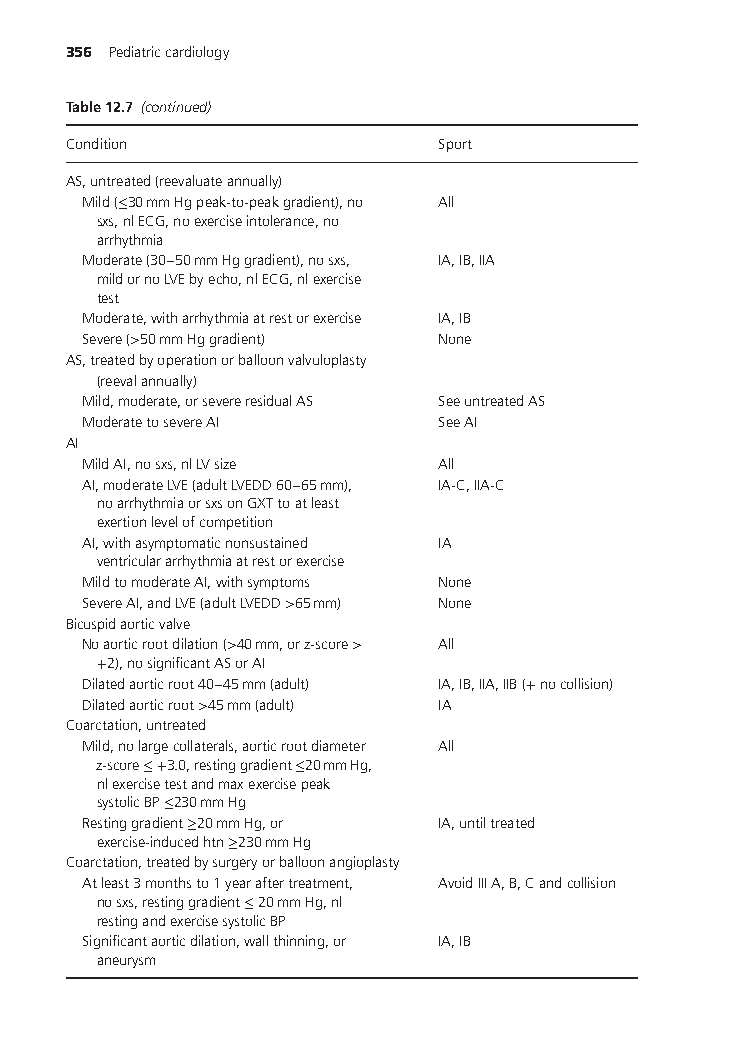
356 Pediatriccardiology
 Table12.7 (continued)
 Condition               Sport
 AS,untreated(reevaluateannually)
 Mild(≤30mmHgpeak-to-peakgradient),no All
 sxs,nlECG,noexerciseintolerance,no
 arrhythmia
 Moderate(30–50mmHggradient),nosxs, IA,IB,IIA
 mildornoLVEbyecho,nlECG,nlexercise
 test
 Moderate,witharrhythmiaatrestorexercise IA,IB
 Severe(>50mmHggradient) None
 AS,treatedbyoperationorballoonvalvuloplasty
 (reevalannually)
 Mild,moderate,orsevereresidualAS SeeuntreatedAS
 ModeratetosevereAI     SeeAI
 AI
 MildAI,nosxs,nlLVsize  All
 AI,moderateLVE(adultLVEDD60–65mm), IA-C,IIA-C
 noarrhythmiaorsxsonGXTtoatleast
 exertionlevelofcompetition
 AI,withasymptomaticnonsustained IA
 ventriculararrhythmiaatrestorexercise
 MildtomoderateAI,withsymptoms None
 SevereAI,andLVE(adultLVEDD>65mm) None
 Bicuspidaorticvalve
 Noaorticrootdilation(>40mm,orz-score> All
 +2),nosignificantASorAI
 Dilatedaorticroot40–45mm(adult) IA,IB,IIA,IIB(+nocollision)
 Dilatedaorticroot>45mm(adult) IA
 Coarctation,untreated
 Mild,nolargecollaterals,aorticrootdiameter All
 z-score≤+3.0,restinggradient≤20mmHg,
 nlexercisetestandmaxexercisepeak
 systolicBP≤230mmHg
 Restinggradient≥20mmHg,or IA,untiltreated
 exercise-inducedhtn≥230mmHg
 Coarctation,treatedbysurgeryorballoonangioplasty
 Atleast3monthsto1yearaftertreatment, AvoidIIIA,B,Candcollision
 nosxs,restinggradient≤20mmHg,nl
 restingandexercisesystolicBP
 Significantaorticdilation,wallthinning,or IA,IB
 aneurysm